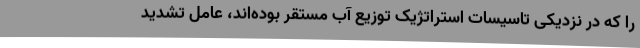
را که در نزدیکی تاسیسات استراتژیک توزیع آب مستقر بوده‌اند، عامل تشدید